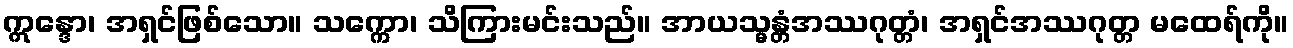
ဣန္ဒော၊ အရှင်ဖြစ်သော။ သက္ကော၊ သိကြားမင်းသည်။ အာယသ္မန္တံအဿဂုတ္တံ၊ အရှင်အဿဂုတ္တ မထေရ်ကို။